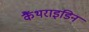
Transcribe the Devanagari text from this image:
कैंथराइडिन